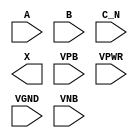
module sky130_fd_sc_ms__or3b (
    //# {{data|Data Signals}}
    input  A   ,
    input  B   ,
    input  C_N ,
    output X   ,

    //# {{power|Power}}
    input  VPB ,
    input  VPWR,
    input  VGND,
    input  VNB
);
endmodule